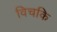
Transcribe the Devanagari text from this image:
विचकि